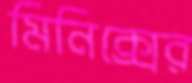
মিনিক্সের